Manual of the Civil Veterinary Department, Central Provinces and Berar
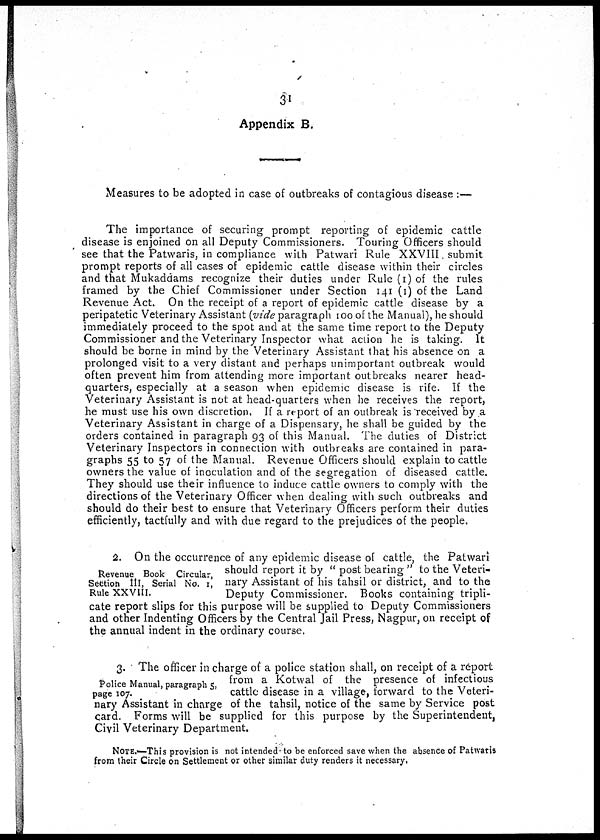
31
Appendix B.
Measures to be adopted in case of outbreaks of contagious disease:
The importance of securing prompt reporting of epidemic cattle
disease is enjoined on all Deputy Commissioners. Touring Officers should
see that the Patwaris, in compliance with Patwari Rule XXVIII. submit
prompt reports of all cases of epidemic cattle disease within their circles
and that Mukaddams recognize their duties under Rule (i) of the rules,
framed by the Chief Commissioner under Section 141 (1) of the Land
Revenue Act. On the receipt of a report of epidemic cattle disease by a
peripatetic Veterinary Assistant (vide paragraph 100 of the Manual), he should
immediately proceed to the spot and at the same time report to the Deputy
Commissioner and the Veterinary Inspector what action he is taking. It
should be borne in mind by the Veterinary Assistant that his absence on a
prolonged visit to a very distant and perhaps unimportant outbreak would
often prevent him from attending more important outbreaks nearer head-
quarters, especially at a season when epidemic disease is rife. If the
Veterinary Assistant is not at head-quarters when he receives the report,
he must use his own discretion. If a report of an outbreak is received by a
Veterinary Assistant in charge of a Dispensary, he shall be guided by the
orders contained in paragraph 93 of this Manual. The duties of District
Veterinary Inspectors in connection with outbreaks are contained in para-
graphs 55 to 57 of the Manual. Revenue Officers should explain to cattle
owners the value of inoculation and of the segregation of diseased cattle.
They should use their influence to induce cattle owners to comply with the
directions of the Veterinary Officer when dealing with such outbreaks and
should do their best to ensure that Veterinary Officers perform their duties
efficiently, tactfully and with due regard to the prejudices of the people.
Revenue Book Circular,
Section III, Serial No. 1,
Rule XXVIII.
2. On the occurrence of any epidemic disease of cattle, the Patwari
should report it by " post bearing " to the Veteri-
nary Assistant of his tahsil or district, and to the
Deputy Commissioner. Books containing tripli-
cate report slips for this purpose will be supplied to Deputy Commissioners
and other Indenting Officers by the Central Jail Press, Nagpur, on receipt of
the annual indent in the ordinary course.
Police Manual, paragraph 5,
page 107.
3. The officer in charge of a police station shall, on receipt of a report
from a Kotwal of the presence of infectious
cattle disease in a village, forward to the Veteri-
nary Assistant in charge of the tahsil, notice of the same by Service post
card. Forms will be supplied for this purpose by the Superintendent,
Civil Veterinary Department.
NOTE.—This provision is not intended to be enforced save when the absence of Patwaris
from their Circle on Settlement or other similar duty renders it necessary.